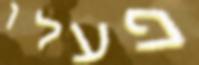
פעלו